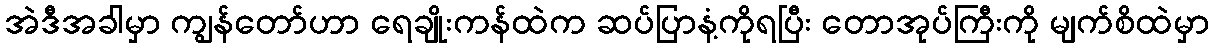
အဲဒီအခါမှာ ကျွန်တော်ဟာ ရေချိုးကန်ထဲက ဆပ်ပြာနံ့ကိုရပြီး တောအုပ်ကြီးကို မျက်စိထဲမှာ